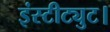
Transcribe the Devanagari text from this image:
इंस्टीट्युट।